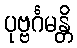
ပုဗ္ဗင်္ဂမန္တိ